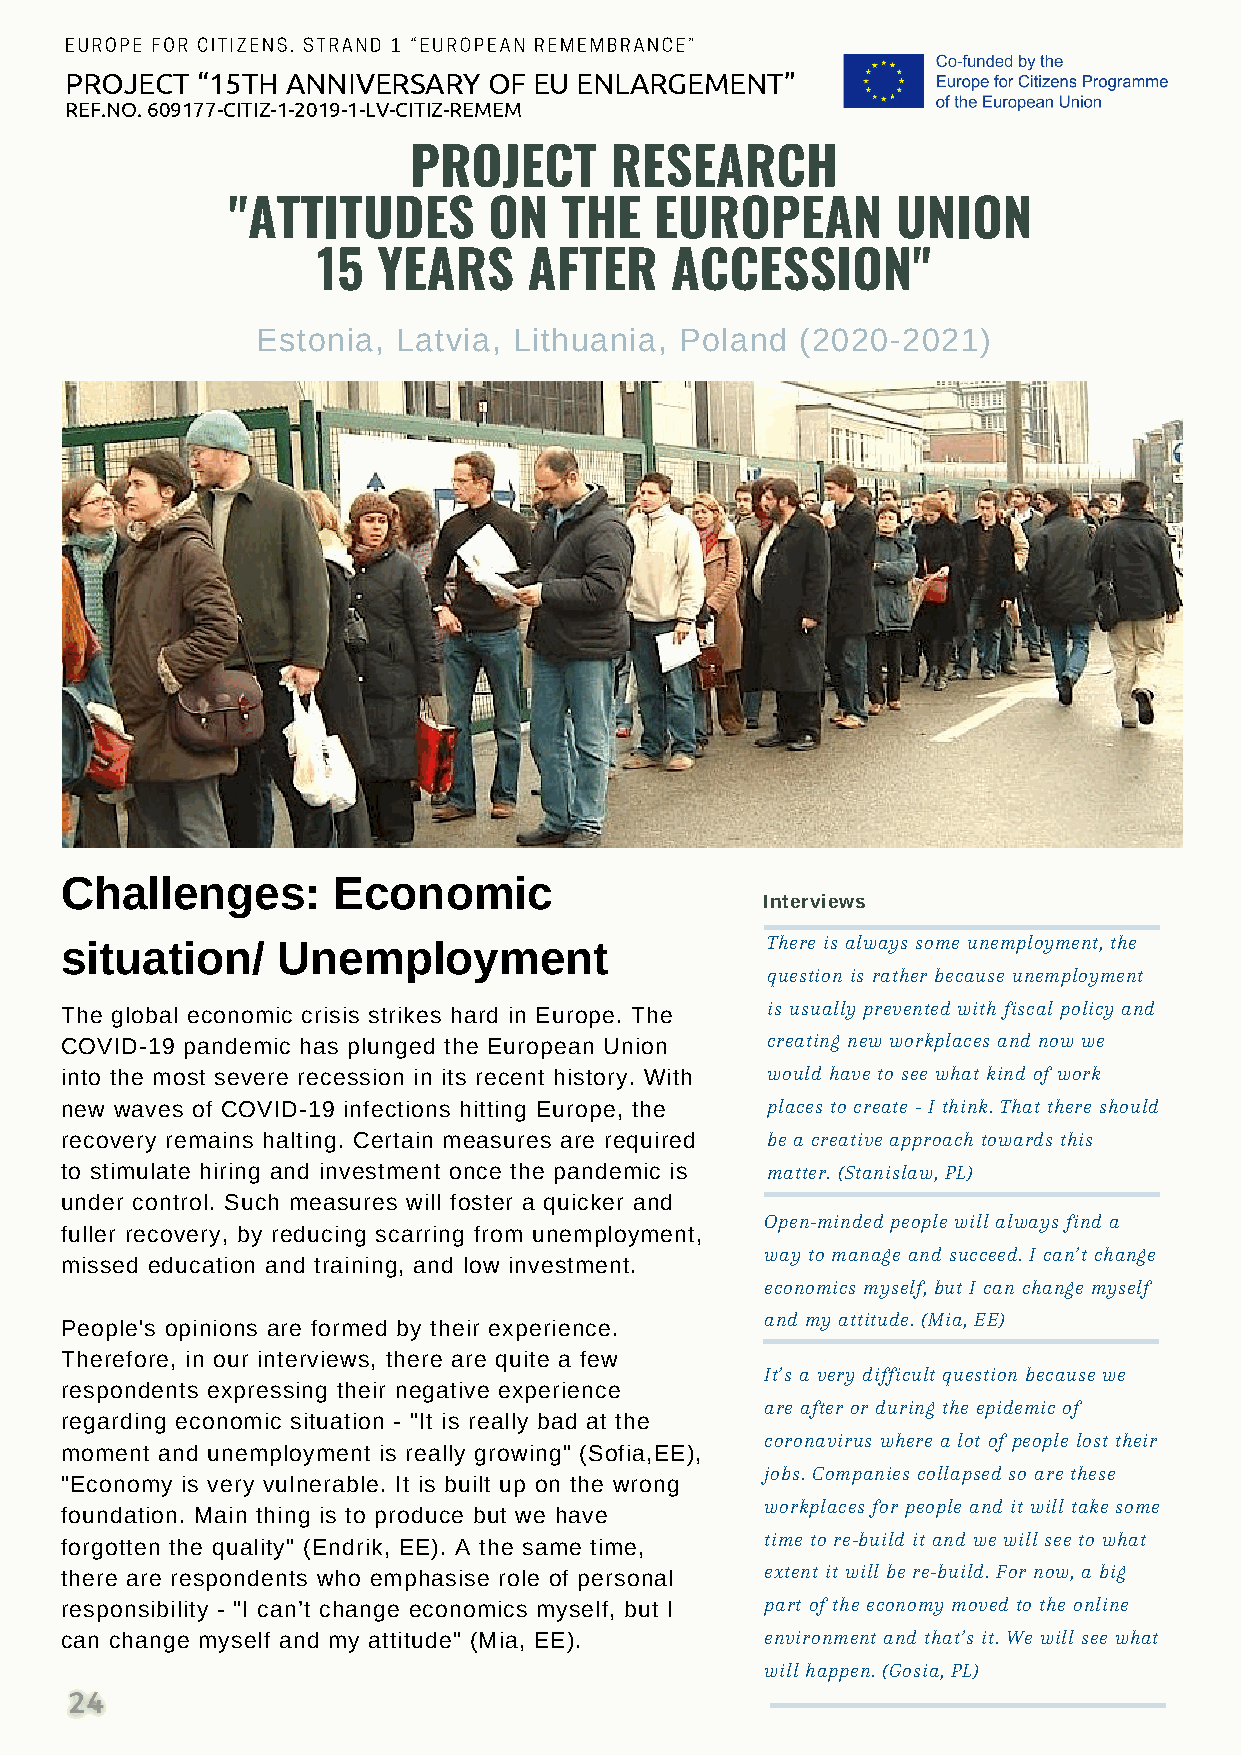
EUROPE FOR CITIZENS. STRAND 1 “EUROPEAN REMEMBRANCE”
 PROJECT  “15TH ANNIVERSARY  OF EU ENLARGEMENT”
 REF.NO. 609177-CITIZ-1-2019-1-LV-CITIZ-REMEM
 PROJECT      RESEARCH
 "ATTITUDES       ON   THE   EUROPEAN        UNION
 15  YEARS     AFTER    ACCESSION"
 Estonia, Latvia, Lithuania, Poland  (2020-2021)
 Challenges:       Economic
 Interviews
 situation/    Unemployment                     There is always some unemployment, the
 question is rather because unemployment
 The global economic crisis strikes hard in Europe. The is usually prevented with fiscal policy and
 COVID-19 pandemic has plunged the European Union creating new workplaces and now we
 into the most severe recession in its recent history. With would have to see what kind of work
 new waves of COVID-19 infections hitting Europe, the places to create - I think. That there should
 recovery remains halting. Certain measures are required be a creative approach towards this
 to stimulate hiring and investment once the pandemic is matter. (Stanislaw, PL)
 under control. Such measures will foster a quicker and
 Open-minded people will always find a
 fuller recovery, by reducing scarring from unemployment,
 way to manage and succeed. I can’t change
 missed education and training, and low investment.
 economics myself, but I can change myself
 and my attitude. (Mia, EE)
 People's opinions are formed by their experience.
 Therefore, in our interviews, there are quite a few
 It’s a very difficult question because we
 respondents expressing their negative experience
 are after or during the epidemic of
 regarding economic situation - "It is really bad at the
 coronavirus where a lot of people lost their
 moment and unemployment is really growing" (Sofia,EE),
 jobs. Companies collapsed so are these
 "Economy is very vulnerable. It is built up on the wrong
 workplaces for people and it will take some
 foundation. Main thing is to produce but we have
 time to re-build it and we will see to what
 forgotten the quality" (Endrik, EE). A the same time,
 there are respondents who emphasise role of personal extent it will be re-build. For now, a big
 responsibility - "I can’t change economics myself, but I part of the economy moved to the online
 can change myself and my attitude" (Mia, EE).  environment and that’s it. We will see what
 will happen. (Gosia, PL)